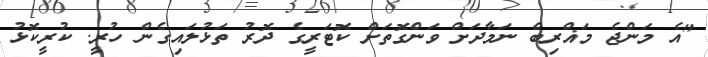
"އެ މަންޖެ މަޣްރިބް ނަމާދަށް ވަންގޮތަށް ކޮޓަރީގެ ދޮރު ތަޅުލައިގެން ހުރީ. ކުރީކޮޅު